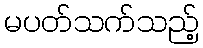
မပတ်သက်သည့်